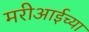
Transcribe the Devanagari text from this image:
मरीआईच्या